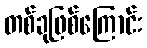
တစ်ခုဖြစ်ကြောင်း